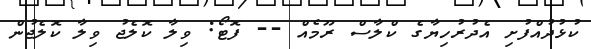
ކުޅުދުއްފުށި އެދުރުހިޔާގެ ކްލާސް ރޫމެއް -- ފޮޓޯ: ވިލާ ކޮލެޖު ވިލާ ކޮލެޖުން